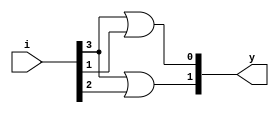
module encoder_4x2_dataflow(y,i);

input [3:0]i;
output [1:0]y;

assign y = {i[3] | i[2], i[3] | i[1]};

endmodule